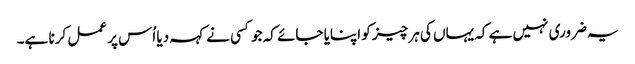
یہ ضروری نہیں ہے کہ یہاں کی ہر چیز کو اپنایا جائے کہ جو کسی نے کہہ دیا اُس پر عمل کرنا ہے۔